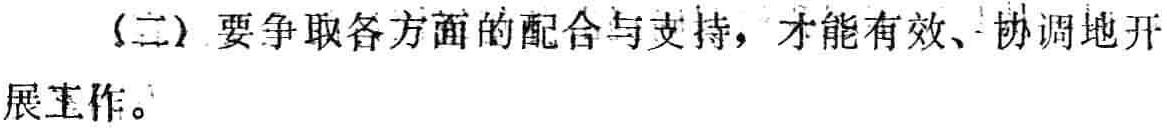
（二）要争取各方面的配合与支持，才能有效、协调地开展工作。